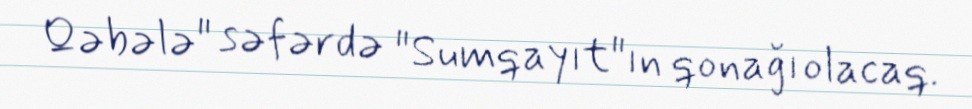
Qəbələ" səfərdə "Sumqayıt"ın qonağı olacaq.